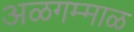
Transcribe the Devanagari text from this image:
अळगम्माळ